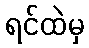
ရင်ထဲမှ